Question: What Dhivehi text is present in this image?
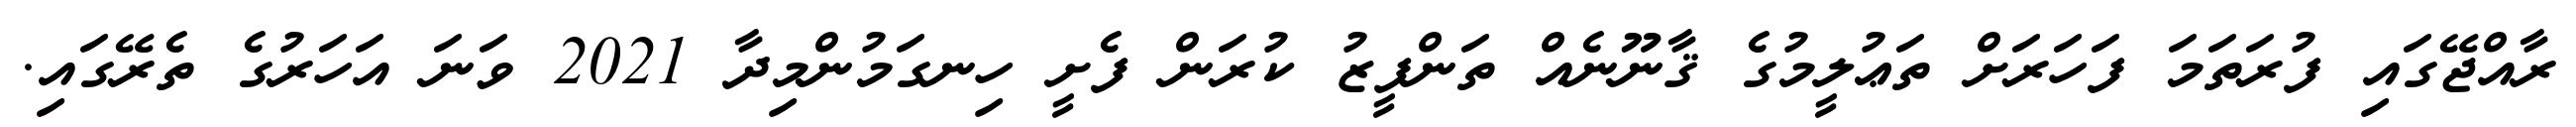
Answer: ރާއްޖޭގައި ފުރަތަމަ ފަހަރަށް ތަޢުލީމުގެ ޤާނޫނެއް ތަންފީޒު ކުރަން ފެށީ ހިނގަމުންމިދާ 2021 ވަނަ އަހަރުގެ ތެރޭގައި.